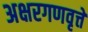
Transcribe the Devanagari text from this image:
अक्षरगणवृत्ते